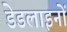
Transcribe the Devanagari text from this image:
डेडलाइनों